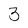
Character: 3